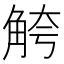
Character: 𫌮